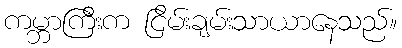
ကမ္ဘာကြီးက ငြိမ်းချမ်းသာယာနေသည်။